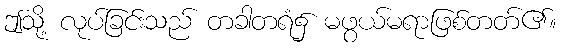
ဤသို့ လုပ်ခြင်းသည် တခါတရံ၌ မဖွယ်မရာဖြစ်တတ်၏။